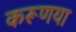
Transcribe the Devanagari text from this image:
करूणया